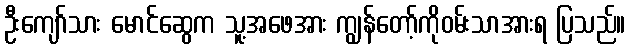
ဦးကျော်သား မောင်ဆွေက သူ့အဖေအား ကျွန်တော့်ကိုဝမ်းသာအားရ ပြသည်။